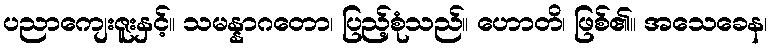
ပညာကျေးဇူးနှင့်။ သမန္နာဂတော၊ ပြည့်စုံသည်။ ဟောတိ၊ ဖြစ်၏။ အသေခေန၊